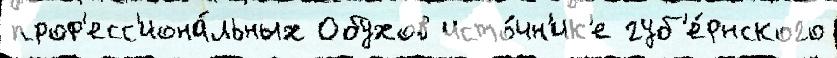
проф'есс'иона́льных Обухов исто́чн'ик'е губ'е́рнского